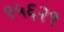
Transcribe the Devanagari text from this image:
१५६२९